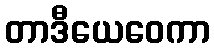
တာဒီယေဝေကာ